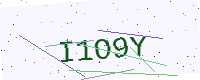
Text: I1O9Y